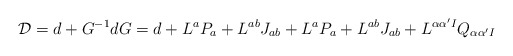
\begin{align*}{\cal D} =d + G^{-1} dG = d + L^{a} P_{a}+L^{ab} J_{ab}+ L^{a} P_{a}+L^{ab} J_{ab}+L^{\alpha\alpha'I} Q_{\alpha\alpha'I}\end{align*}